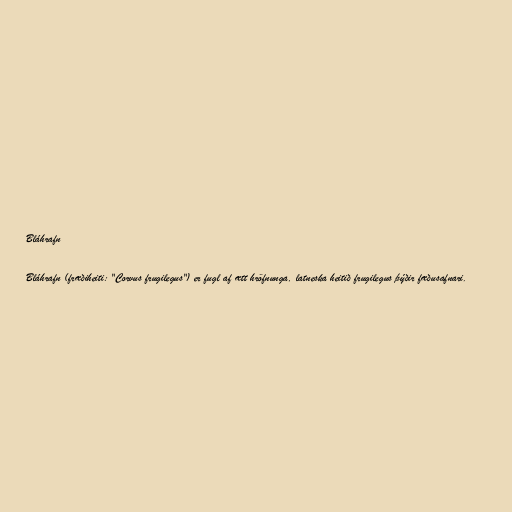
Bláhrafn

Bláhrafn (fræðiheiti: "Corvus frugilegus") er fugl af ætt hröfnunga, latneska heitið frugilegus þýðir fæðusafnari.